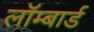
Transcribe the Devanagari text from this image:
लॉम्बार्ड